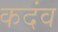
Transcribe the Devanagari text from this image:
कदंव